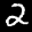
Label: 2